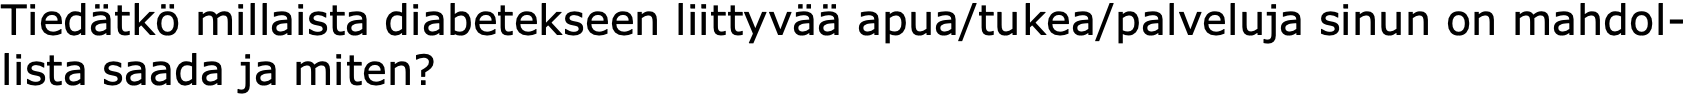
Tiedätkö millaista diabetekseen liittyvää apua/tukea/palveluja sinun on mahdol- lista saada ja miten?